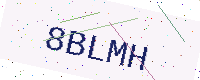
Text: 8BLMH